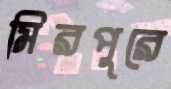
মিরপুরে